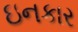
ઇનકાર